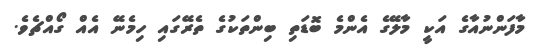
މާފަންނުއާގެ އަކީ މާލޭގެ އެންމެ ބޮޑަތި ބިންތަކުގެ ތެރޭގައި ހިމެނޭ އެއް ގޯއްޗެވެ.